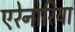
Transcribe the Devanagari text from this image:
एरेनारिया